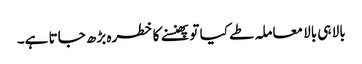
بالا ہی بالا معاملہ طے کیا تو پھنسنے کا خطرہ بڑھ جاتا ہے۔